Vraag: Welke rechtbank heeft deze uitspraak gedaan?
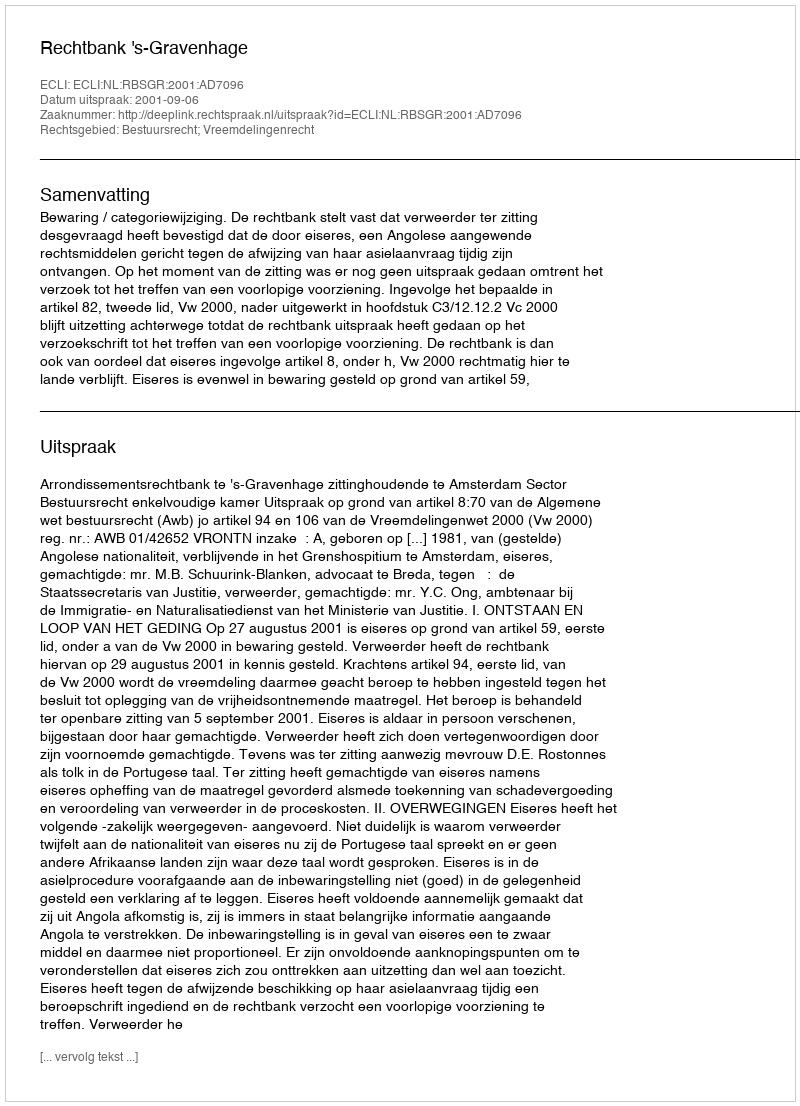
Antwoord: Rechtbank 's-Gravenhage